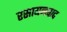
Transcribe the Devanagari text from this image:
रसायनवाद